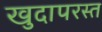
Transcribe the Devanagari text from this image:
खुदापरस्त